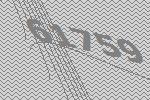
61759